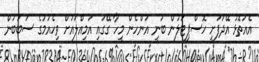
އެއަތޮޅު އޭދަފުށީ ހޮސްޕިޓަލުން ބުނީ އަންހެން މީހާ ގޭގައި އަމިއްލައަށް ވިހެއުމުގެ ސަބަބުން